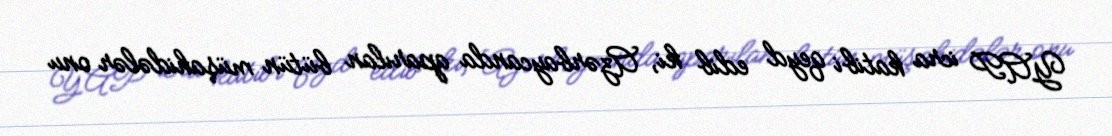
YAP icra katibi qeyd edib ki, Azərbaycanda aparılan bütün müşahidələr onu